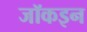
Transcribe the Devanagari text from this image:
जॉकइन